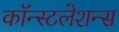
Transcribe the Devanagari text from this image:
कॉन्स्टलेशन्स